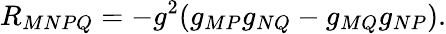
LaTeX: R_{MNPQ}=-g^{2}(g_{MP}g_{NQ}-g_{MQ}g_{NP}).